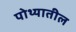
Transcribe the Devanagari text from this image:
पोथ्यातील